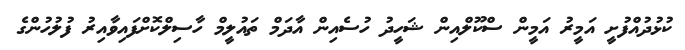
ކުޅުދުއްފުށީ އަމީރު އަމީން ސްކޫލްއިން ޝަހީދު ހުސެއިން އާދަމް ތައުލީމް ހާސިލްކޮށްފައިވާއިރު ފުލުހުންގެ